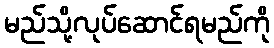
မည်သို့လုပ်ဆောင်ရမည်ကို